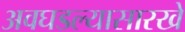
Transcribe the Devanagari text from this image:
अवघडल्यासारखे